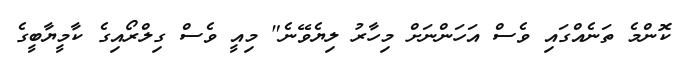
ކޮންމެ ތަނެއްގައި ވެސް އަހަންނަށް މިހާރު ލިޔެވޭނެ" މިއީ ވެސް ގިލްރޯއިގެ ކާމީޔާބީގެ